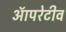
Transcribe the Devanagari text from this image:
ऑपरेटीव